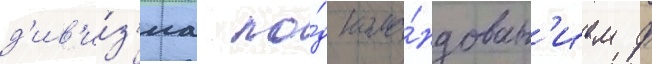
д'ив'и́з'иа по́д кома́ндован'ием ф